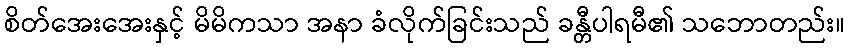
စိတ်အေးအေးနှင့် မိမိကသာ အနာ ခံလိုက်ခြင်းသည် ခန္တီပါရမီ၏ သဘောတည်း။